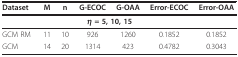
| Dataset | M | n | G-ECOC | G-OAA | Error-ECOC | Error-OAA |
 | --- | --- | --- | --- | --- | --- | --- |
 |  |  |  | <COLSPAN=2> η = 5, 10, 15 |  |  |
 | GCM RM | 11 | 10 | 926 | 1260 | 0.1852 | 0.1852 |
 | GCM | 14 | 20 | 1314 | 423 | 0.4782 | 0.3043 |